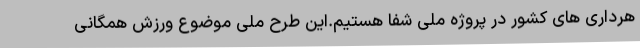
هرداری های کشور در پروژه ملی شفا هستیم.این طرح ملی موضوع ورزش همگانی